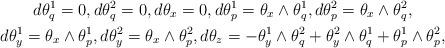
LaTeX: \begin{gather*}d\theta^1_q = 0, d\theta^2_q = 0, d\theta_{x} = 0, d\theta_p^1 = \theta_{x} \wedge \theta_{q}^1, d\theta_p^2 = \theta_{x} \wedge \theta_{q}^2,\\d\theta^1_y = \theta_x \wedge \theta_p^1 , d\theta^2_y = \theta_x \wedge \theta_p^2 , d\theta_z = - \theta^1_y\wedge \theta^2_q + \theta^2_y\wedge \theta^1_q + \theta^1_p \wedge \theta^2_p,\end{gather*}